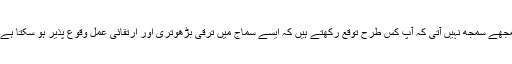
مجھے سمجھ نہیں آتی کہ آپ کس طرح توقع رکھتے ہیں کہ ایسے سماج میں ترقی بڑھوتری اور ارتقائی عمل وقوع پذیر ہو سکتا ہے۔